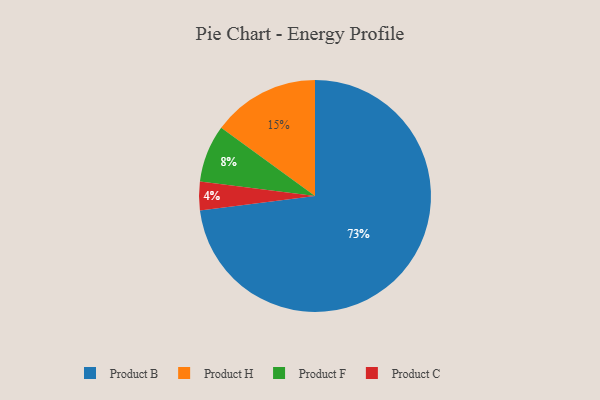
{"axis": {"x": "Category", "y": "Percentage"}, "legend": ["Product B", "Product C", "Product F", "Product H"], "data": [{"x": "Product B", "y": 73, "type": "Product B"}, {"x": "Product C", "y": 4, "type": "Product C"}, {"x": "Product F", "y": 8, "type": "Product F"}, {"x": "Product H", "y": 15, "type": "Product H"}]}